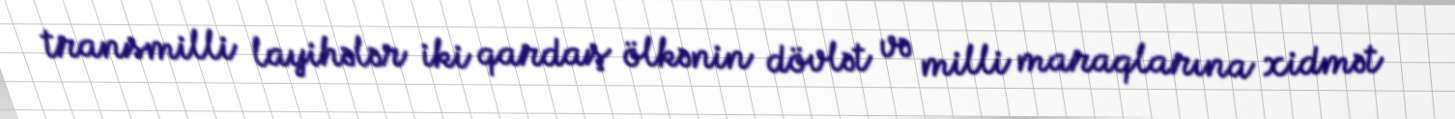
transmilli layihələr iki qardaş ölkənin dövlət və milli maraqlarına xidmət